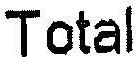
TOTAL